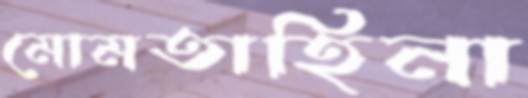
মোমতাহিনা